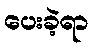
ပေးခဲ့ရာ